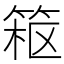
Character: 𱸂